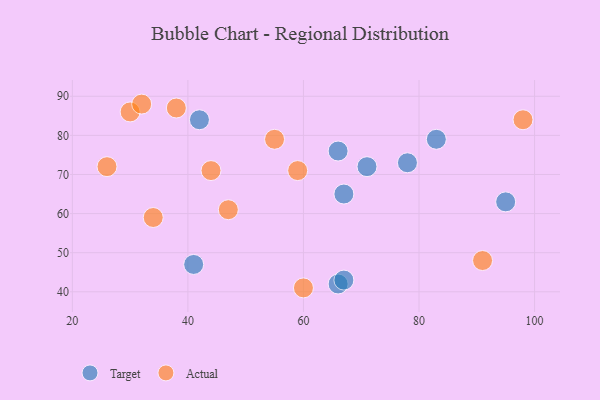
{"axis": {"x": "GDP", "y": "Life Expectancy"}, "legend": ["Actual", "Target"], "data": [{"x": "83", "y": 79, "type": "Target"}, {"x": "66", "y": 42, "type": "Target"}, {"x": "95", "y": 63, "type": "Target"}, {"x": "71", "y": 72, "type": "Target"}, {"x": "42", "y": 84, "type": "Target"}, {"x": "41", "y": 47, "type": "Target"}, {"x": "66", "y": 76, "type": "Target"}, {"x": "67", "y": 43, "type": "Target"}, {"x": "78", "y": 73, "type": "Target"}, {"x": "67", "y": 65, "type": "Target"}, {"x": "30", "y": 86, "type": "Actual"}, {"x": "47", "y": 61, "type": "Actual"}, {"x": "38", "y": 87, "type": "Actual"}, {"x": "60", "y": 41, "type": "Actual"}, {"x": "44", "y": 71, "type": "Actual"}, {"x": "34", "y": 59, "type": "Actual"}, {"x": "91", "y": 48, "type": "Actual"}, {"x": "59", "y": 71, "type": "Actual"}, {"x": "55", "y": 79, "type": "Actual"}, {"x": "26", "y": 72, "type": "Actual"}, {"x": "98", "y": 84, "type": "Actual"}, {"x": "32", "y": 88, "type": "Actual"}]}